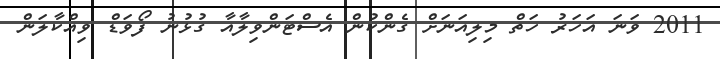
2011 ވަނަ އަހަރު ހަތް މިލިއަނަށް ގެންކުން އެސްޓަންވިލާއާ ގުޅުނު ފޯވަޑް ވިއްކާލަން